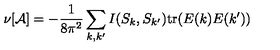
\nu [ { \cal A } ] = - \frac { 1 } { 8 \pi ^ { 2 } } \sum _ { k , k ^ { \prime } } I ( S _ { k } , S _ { k ^ { \prime } } ) \mathrm { t r } ( E ( k ) E ( k ^ { \prime } ) )